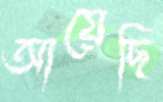
আয়েছি